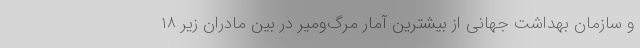
و سازمان بهداشت جهانی از بیشترین آمار مرگ‌ومیر در بین مادران زیر ۱۸